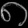
Digit: ၈